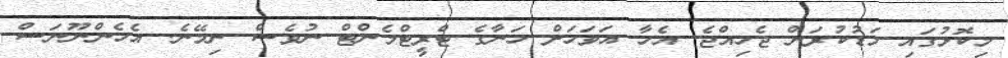
މިކޮޅުގައި މަޑުކުރަން ޖެހިއްޖެ. އެހާ އަވަހަށް ހަނާގެ ޓްރީޓްމެންޓް ނުވެސް ނިމޭނެ. އެހެންނޫނަސް